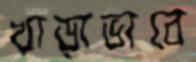
খাড়াভাবে